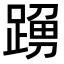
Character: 𨂹